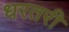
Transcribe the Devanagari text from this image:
धरतरी